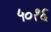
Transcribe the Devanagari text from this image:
५०१६